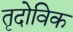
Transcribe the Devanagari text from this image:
तृदोविक